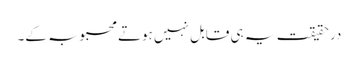
درحقیقت یہ ہی قابل نہیں ہوتے محبوبہ کے۔